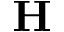
\mathbf { H }